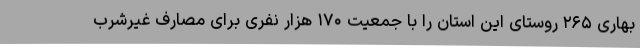
بهاری ۲۶۵ روستای این استان را با جمعیت ۱۷۰ هزار نفری برای مصارف غیرشرب